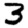
Digit: 3